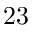
2 3